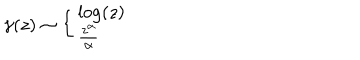
\gamma ( z ) \sim \left\{ \left\{ \begin{cases} { { \log ( z ) } } \\ { { \frac { z ^ { \alpha } } { \alpha } } } \\ \end{cases} \right. \right.